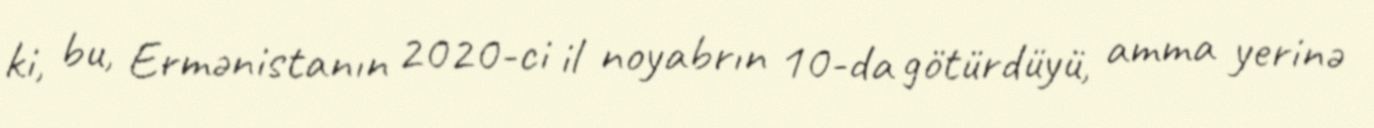
ki, bu, Ermənistanın 2020-ci il noyabrın 10-da götürdüyü, amma yerinə